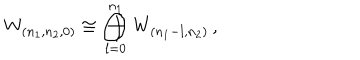
LaTeX: W _ { ( n _ { 1 } , n _ { 2 } , 0 ) } \cong \bigoplus _ { l = 0 } ^ { n _ { 1 } } W _ { ( n _ { 1 } - l , n _ { 2 } ) } \, ,